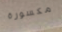
مكسورة